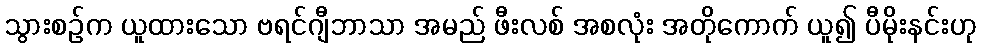
သွားစဉ်က ယူထားသော ဗရင်ဂျီဘာသာ အမည် ဖီးလစ် အစလုံး အတိုကောက် ယူ၍ ပီမိုးနင်းဟု